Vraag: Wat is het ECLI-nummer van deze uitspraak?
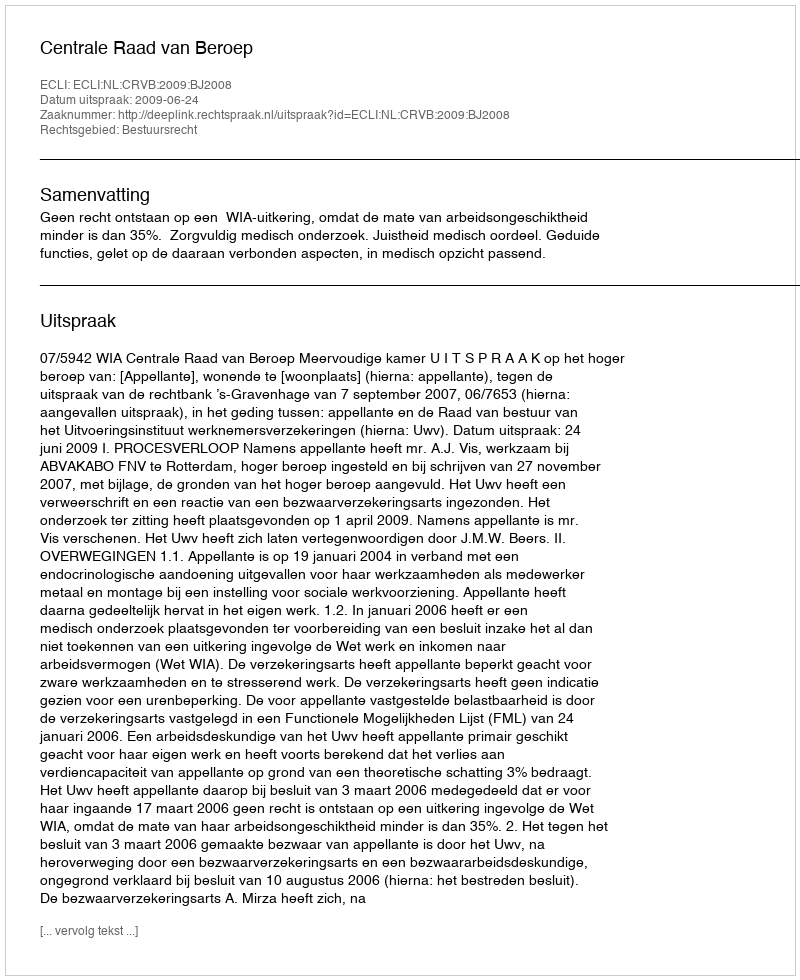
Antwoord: ECLI:NL:CRVB:2009:BJ2008